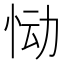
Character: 恸